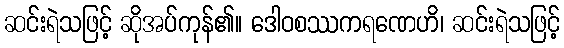
ဆင်းရဲသဖြင့် ဆိုအပ်ကုန်၏။ ဒေါဝစဿကရဏေဟိ၊ ဆင်းရဲသဖြင့်